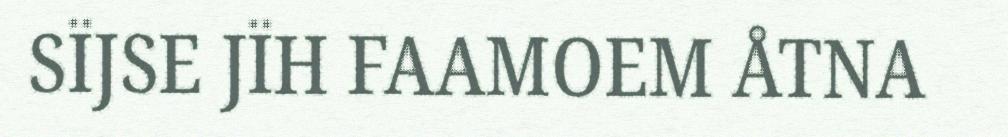
SÏJSE JÏH FAAMOEM ÅTNA